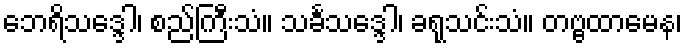
ဘေရိသဒ္ဒေါ၊ စည်ကြီးသံ။ သင်္ခသဒ္ဒေါ၊ ခရုသင်းသံ။ တဗ္ဗထာမေန၊